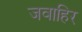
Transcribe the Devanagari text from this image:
जवाहिर